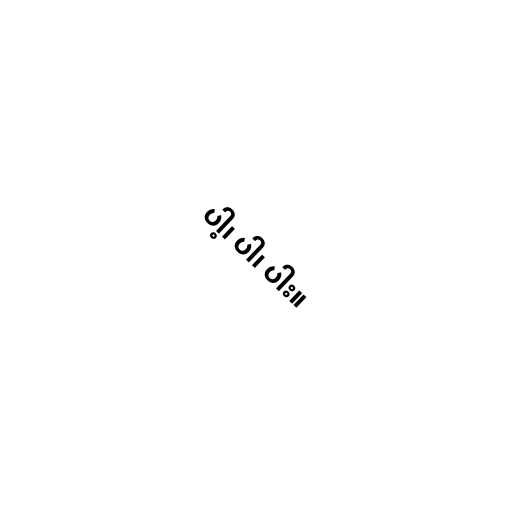
ပါ့၊ ပါ၊ ပါး။